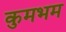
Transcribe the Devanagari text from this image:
कुमभम